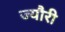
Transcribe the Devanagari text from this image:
ज्यौरी